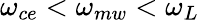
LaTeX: \omega_{ce}<\omega_{mw}<\omega_{L}